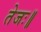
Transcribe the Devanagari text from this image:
तेजः॥